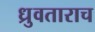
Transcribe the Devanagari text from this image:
ध्रुवताराच